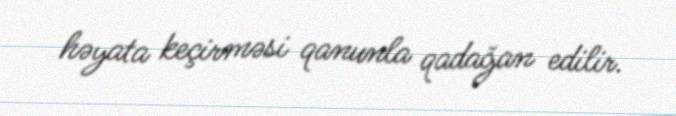
həyata keçirməsi qanunla qadağan edilir.